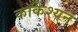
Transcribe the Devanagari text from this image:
कॉकेश्यन